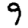
Digit: 9